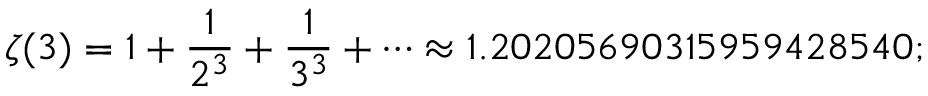
\zeta ( 3 ) = 1 + { \frac { 1 } { 2 ^ { 3 } } } + { \frac { 1 } { 3 ^ { 3 } } } + \cdots \approx 1 . 2 0 2 0 5 6 9 0 3 1 5 9 5 9 4 2 8 5 4 0 ;